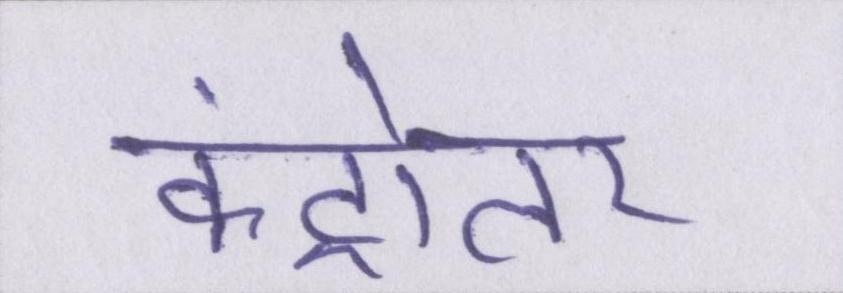
कंट्रोलर